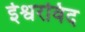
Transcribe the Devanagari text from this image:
ईश्वरविद